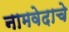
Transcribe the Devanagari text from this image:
नामवेदाचे